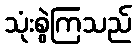
သုံးစွဲကြသည်